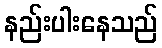
နည်းပါးနေသည်